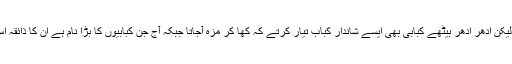
اس زمانے میں جلیل کبابی کا خاصا شہرہ تھا لیکن ادھر ادھر بیٹھے کبابی بھی ایسے شاندار کباب تیار کرتے کہ کھا کر مزہ آجاتا جبکہ آج جن کبابیوں کا بڑا نام ہے ان کا ذائقہ اس زمانے کے عام کبابیوں سے بھی کمتر ہے۔